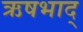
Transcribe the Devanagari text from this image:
ऋषभाद्